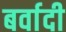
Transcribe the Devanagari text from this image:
बर्वादी